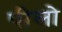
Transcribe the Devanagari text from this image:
पीलो